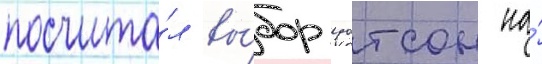
посчита́л вы́бор уотсон на́